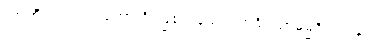
လာဘီ၊ ရသည်။ ဟောတိ၊ ဖြစ်သနည်း။ အဓိပညာဓမ္မဝိပဿနာယ၊